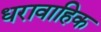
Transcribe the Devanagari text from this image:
धरावाहिक